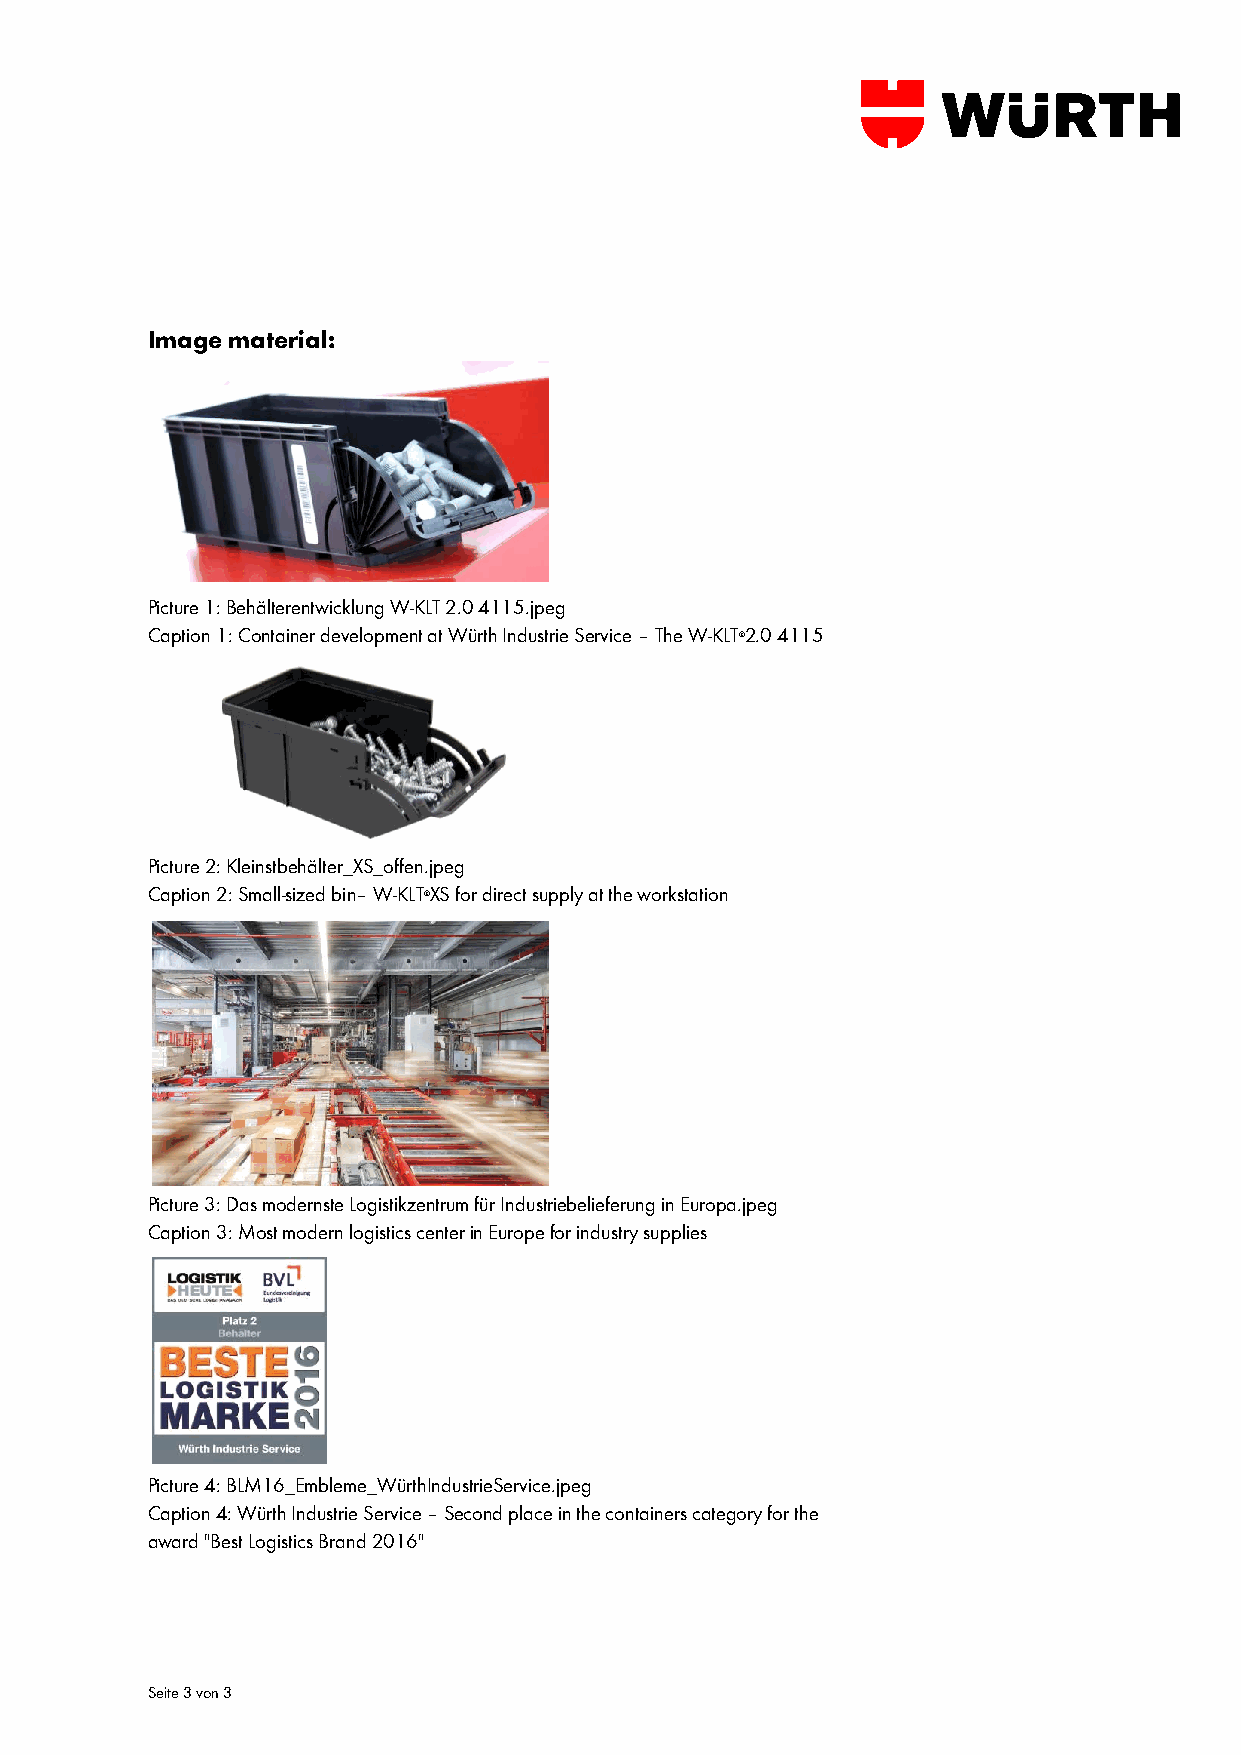
Image material:
 Picture 1: Behälterentwicklung W-KLT 2.0 4115.jpeg
 Caption 1: Container development at Würth Industrie Service – The W-KLT®2.0 4115
 Picture 2: Kleinstbehälter_XS_offen.jpeg
 Caption 2: Small-sized bin– W-KLT®XS for direct supply at the workstation
 Picture 3: Das modernste Logistikzentrum für Industriebelieferung in Europa.jpeg
 Caption 3: Most modern logistics center in Europe for industry supplies
 Picture 4: BLM16_Embleme_WürthIndustrieService.jpeg
 Caption 4: Würth Industrie Service – Second place in the containers category for the
 award "Best Logistics Brand 2016"
 Seite 3 von 3